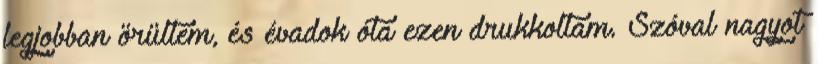
legjobban örültem, és évadok óta ezen drukkoltam. Szóval nagyot